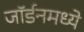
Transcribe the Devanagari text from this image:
जॉर्डनमध्ये